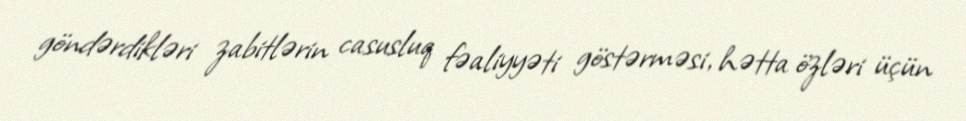
göndərdikləri zabitlərin casusluq fəaliyyəti göstərməsi, hətta özləri üçün